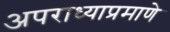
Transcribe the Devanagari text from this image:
अपराध्याप्रमाणे